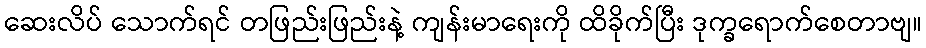
ဆေးလိပ် သောက်ရင် တဖြည်းဖြည်းနဲ့ ကျန်းမာရေးကို ထိခိုက်ပြီး ဒုက္ခရောက်စေတာဗျ။